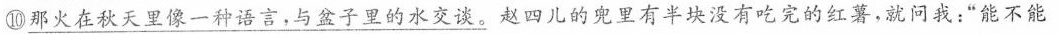
⑩ \underline{那火在秋天里像一种语言，与盆子里的水交谈。} 赵四儿的兜里有半块没有吃完的红薯，就问我：”能不能